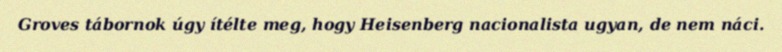
Groves tábornok úgy ítélte meg, hogy Heisenberg nacionalista ugyan, de nem náci.